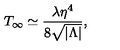
T _ { \infty } \simeq { \frac { \lambda \eta ^ { 4 } } { 8 \sqrt { | \Lambda | } } } ,